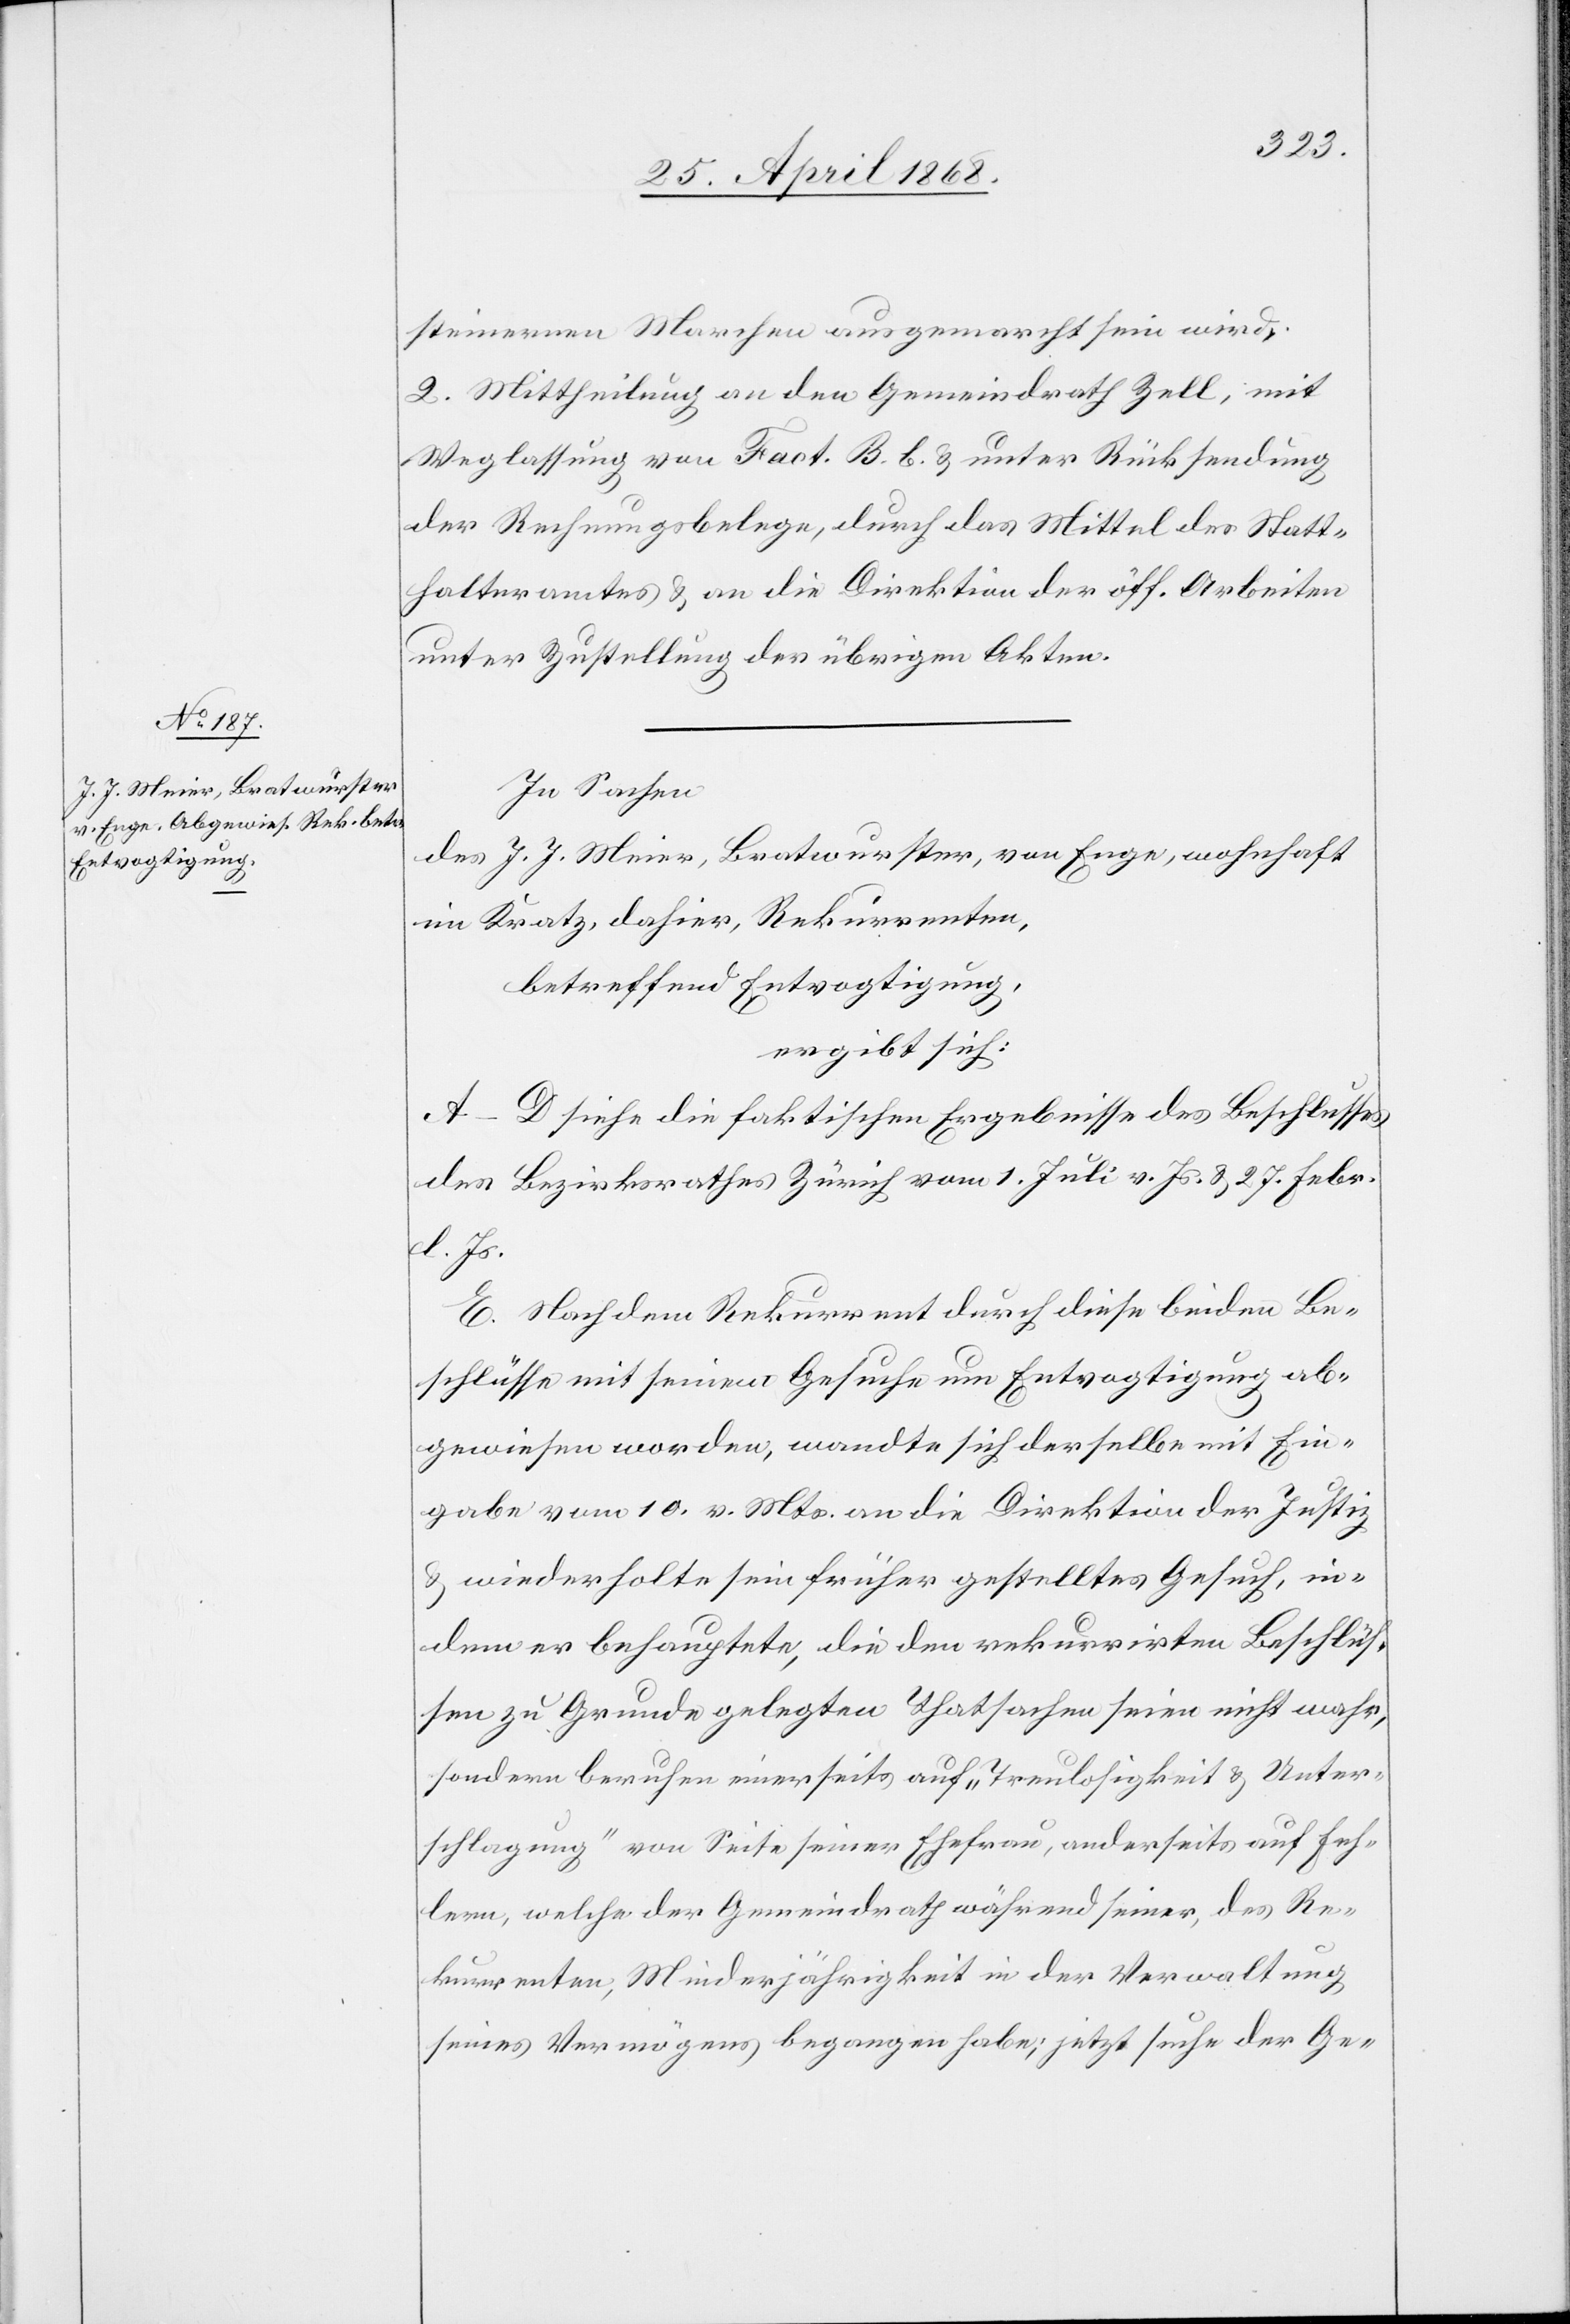
steinernen Marchen ausgemarcht sein wird.
2. Mittheilung an den Gemeindrath Zell, mit
Weglassung von Fact. B. b. & unter Rücksendung
der Rechnungsbelege, durch das Mittel des Statt¬
halteramtes & an die Direktion der öff. Arbeiten
unter Zustellung der übrigen Akten.
In Sachen
des J. J. Meier, Bratwurster, von Enge, wohnhaft
im Kratz, dahier, Rekurrenten,
betreffend Entvogtigung,
ergibt sich:
A–D siehe die faktischen Ergebnisse des Beschlusses
des Bezirksrathes Zürich vom 1. Juli v. Js. & 27. Febr.
l. Js.
E. Nachdem Rekurrent durch diese beiden Be¬
schlüsse mit seinem Gesuche um Entvogtigung ab¬
gewiesen worden, wandte sich derselbe mit Ein¬
gabe vom 10. v. Mts. an die Direktion der Justiz
& wiederholte sein früher gestelltes Gesuch, in¬
dem er behauptete, die den rekurrirten Beschlüs¬
sen zu Grunde gelegten Thatsachen seien nicht wahr,
sondern beruhen einerseits auf „Treulosigkeit & Unter¬
schlagung“ von Seite seiner Ehefrau, anderseits auf Feh¬
lern, welche der Gemeindrath während seiner, des Re¬
kurrenten, Minderjährigkeit in der Verwaltung
seines Vermögens begangen habe; jetzt suche der Ge-